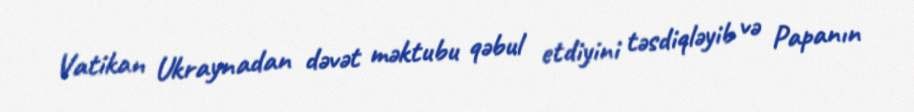
Vatikan Ukraynadan dəvət məktubu qəbul etdiyini təsdiqləyib və Papanın